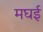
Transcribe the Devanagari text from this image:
मघई